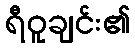
ရီဝူချင်း၏